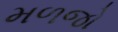
મળજો